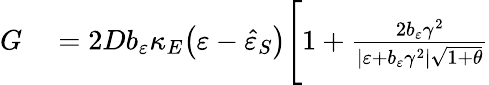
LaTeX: \begin{array}{rl}{G}&{{}=2Db_{\varepsilon}\kappa_{E}\big(\varepsilon-\hat{\varepsilon}_{S}\big)\Bigg[1+\frac{2b_{\varepsilon}\gamma^{2}}{\vert\varepsilon+b_{\varepsilon}\gamma^{2}\vert\sqrt{1+\theta}}}\end{array}